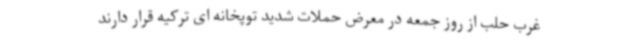
غرب حلب از روز جمعه در معرض حملات شدید توپخانه ای ترکیه قرار دارند